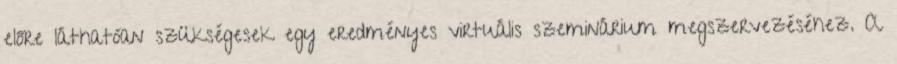
előre láthatóan szükségesek egy eredményes virtuális szeminárium megszervezéséhez. A